Annual report of the Bengal Veterinary College and of the Civil Veterinary Department, Bengal, for the year 1910-1911 - 1910-1911
Year: 1910
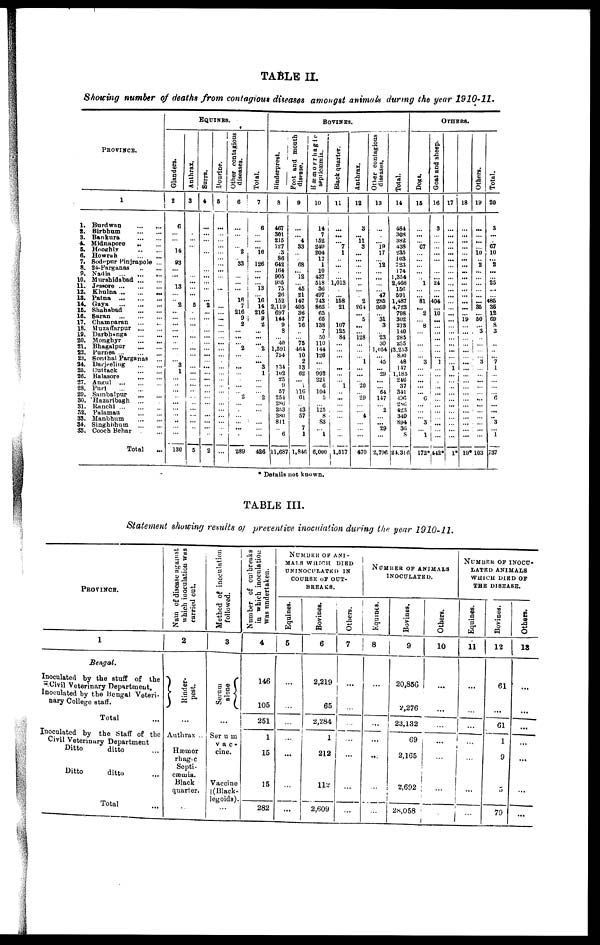
TABLE II.
Showing number of deaths from contagious diseases amongst animals during the pear 1910-11.
PROVINCE.
1
1. Burdwan ... ...
2. Birbhum
...
...
3. Bankura
...
...
4. Midnapore .. ...
5. Hnoghly
..
...
6. Howrah
..
...
7. Sodepur Pinjrapole ...
8. 24-Parganas
..
...
9.
Nadia ... ... ...
10. Murshidabad
...
...
11. Jessore
...
...
...
12. Khulna
...
...
...
13. Patna
14. Gaya
15. Shahabad
16. Saran
...
...
...
17. Champaran
18. Muzaffarpur
...
...
19. Darbhaanga
...
...
20. Monghyr
...
...
21. Bhagalpur
22. Purnea ...
...
...
23. Sonthal Parganas
...
24. Darjeeling
...
...
25.
Cuttack ... ...
26. Balasore
27. Angul ... ... ...
28.
Puri ... ...
29. Sambalpur
30. Hazaribagh ... .
31. Ranchi
...
...
32. Palamau
33. Manbhum ... ...
34. Singhbhum
...
...
35. Cooch Behar . ...
Total
...
EQUINES.
Glanders.
2
6
14
93
...
13
2
...
...
...
...3
1
...
...
..
130
Anthrax.
3
...
...
5
5
Surra.
4
...
... 2
...
...
...
...
2
Dourine.
5
...
...
...
Other contagious
diseases.
6
"2
S3
...
16
7
216
9
2
...
...
2
...
...
i -
...
... 2
...
...
...
...
289
Total.
7
6
...
16
126
...
...
...
l3
"16
1 14
216
9
2
...
...
2
...3
1
2
426
BOVINCE.
Rinderprest.
8
467
301
215
127
3
86
642
164
90S
935
75
26
152
2,119
697
114
9
8
40
1,591
754
134
102
25
9
57
254
286
253
280
811
..6
11,687
Foot and mouth
disease.
9
"4
33
68
l2
"45 21
147
495
36
57
16
"75
464
10
2
13
62
1
11G
61
43 57
7
1
1, 846
Hæmorrhagic
septicæmia.
10
14
7
152
249
204
17
1
10
437
518
36
497
743
860
65
65
138
7
50
110
144
126
992
221
6
104
5
125
8
83
...l
6,000
Black quarter.
11
...7
1
...
1,013
...
158
21
107
125
84
...
l
...
...
1,517
Anthrax.
12
3
11
3
...
...
2
264
... 5
...
128
...l
"20
29
"4
470
Other contagious
diseases,
13
...
19
17
12
...
47
285
959
...31
3
23
30
1,054
45
29
"64
147
...2
... "29
2,796
Total.
14
484
308
382
438
235
103
723
174
1,354
2,466
156
591
1,487
4,723
798
302
273
140
285
255
13.253
890
48
147
1,185
246
37
341
436
286
423
349
S94
36
8
21.31
OTHERS.
Dogs.
16
...
67
1
81
... 2
8
3
...
"0
"3
1
172
Goat and sheep.
16
3
...
24
...
404
10
...
1
...
...
...
...
...
... ...
...
...
442
17
...
...
...
...
...
...
...
...
1
18
...
...
...
...
...
...
...
...
...
...
19
...
...
...
...
...
...
...
19
Others.
19
...
10
2
...
...
35
... 50
3
...
...
3
...
...
...
103
Total.
20
3
...
67
10
... 2
...
25
...
485
35
12
69
8
3
7
1
6
...
...
... 3
1
737
* Details not known.
TABLE III.
Statement showing results of preventive inoculation during the year 1910-11.
PROVINCE.
1
Bengal.
Inoculated by the stuff of the
Civil Veterinary Department.
Inoculated by the bengal Veteri-
nary College staff.
Total
Inoculated by the Staff of the
Civil Veterinary Department
Ditto
ditto
Ditto
ditto
Total
Nam of disease against
which inoculation was
carried out.
2
Kinder-
pest.
...
Authrax ..
Hæmor
rhagic
Septi-
cæmia.
Black
quarter.
Method of inoculation
followed.
3
Serum
alone
...
Serum
vac-
cine.
Vaccine
(Black-
legoids).
Number of outbreaks
in which inoculation
Was undertaken.
4
146
105
251
1
15
15
282
NUMBER OF ANI-
MALS WHICH DIED
INOCULATED IN
OURSE OF OUT-
BREAKS.
Equines.
5
...
...
Bovines.
6
2,219
65
2,284
1
212
112
2,609
Ot her s .
7
...
...
NUMBER
OF AANIMALS
NOCULATED.
Equines.
8
Bovines.
9
20,856
2,276
23,132
69
2,165
2,692
28,058
Others.
10
...
NUMBER OF INOCU
LATED ANIMALS
WHICH DIED OF
THE DISEASE.
Equines.
11
Bovines.
12
61
...
61
1
9
5
79
Others.
13
...
...
...
...
...
...